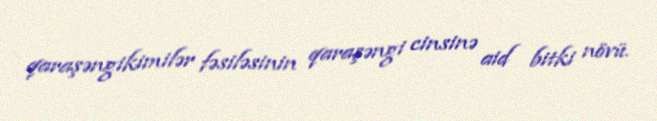
qaraşəngikimilər fəsiləsinin qaraşəngi cinsinə aid bitki növü.